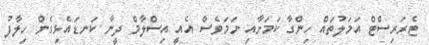
ޓެރަރިސްޓް އަމަލުތައް ހިންގާ ކަމަށާއި ނަަމަވެސް އެއީ އިސްލާމް ދީނާ ކަނޑައެޅިގެން ހިލާފު